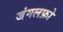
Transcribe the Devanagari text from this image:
जंगलफ़ो